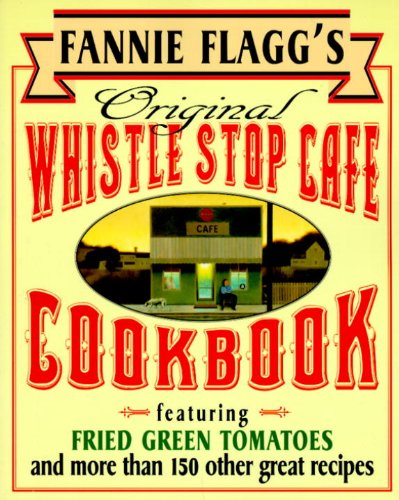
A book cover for Fannie Flagg's Original Whistle Stop Cafe Cookbook: Featuring : Fried Green Tomatoes, Southern Barbecue, Banana Split Cake, and Many Other Great Recipes; Fannie Flagg; Cookbooks, Food & Wine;